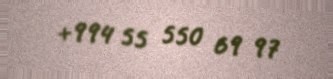
+994 55 550 69 97